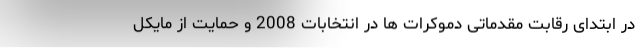
در ابتدای رقابت مقدماتی دموکرات ها در انتخابات 2008 و حمایت از مایکل